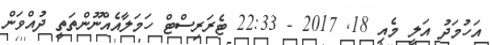
އަހުމަދު އަލީ މެއި 18